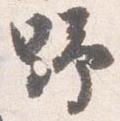
野